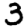
Digit: 3